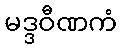
မဒ္ဒဝီဏကံ